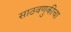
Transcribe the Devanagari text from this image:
साठवणुकीचा